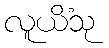
လူယိံသု